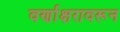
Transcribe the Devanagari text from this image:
वर्णाक्षरावरून